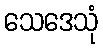
သေဒေသုံ